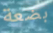
بضعة